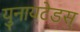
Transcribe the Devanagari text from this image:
युनायटेडस्